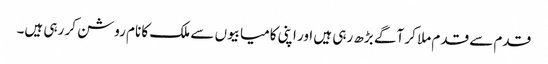
قدم سے قدم ملا کر آگے بڑھ رہی ہیں اور اپنی کامیابیوں سے ملک کا نام روشن کر رہی ہیں۔